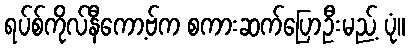
ရပ်စ်ကိုလ်နီကော့ဗ်က စကားဆက်ပြောဦးမည့် ပုံ။